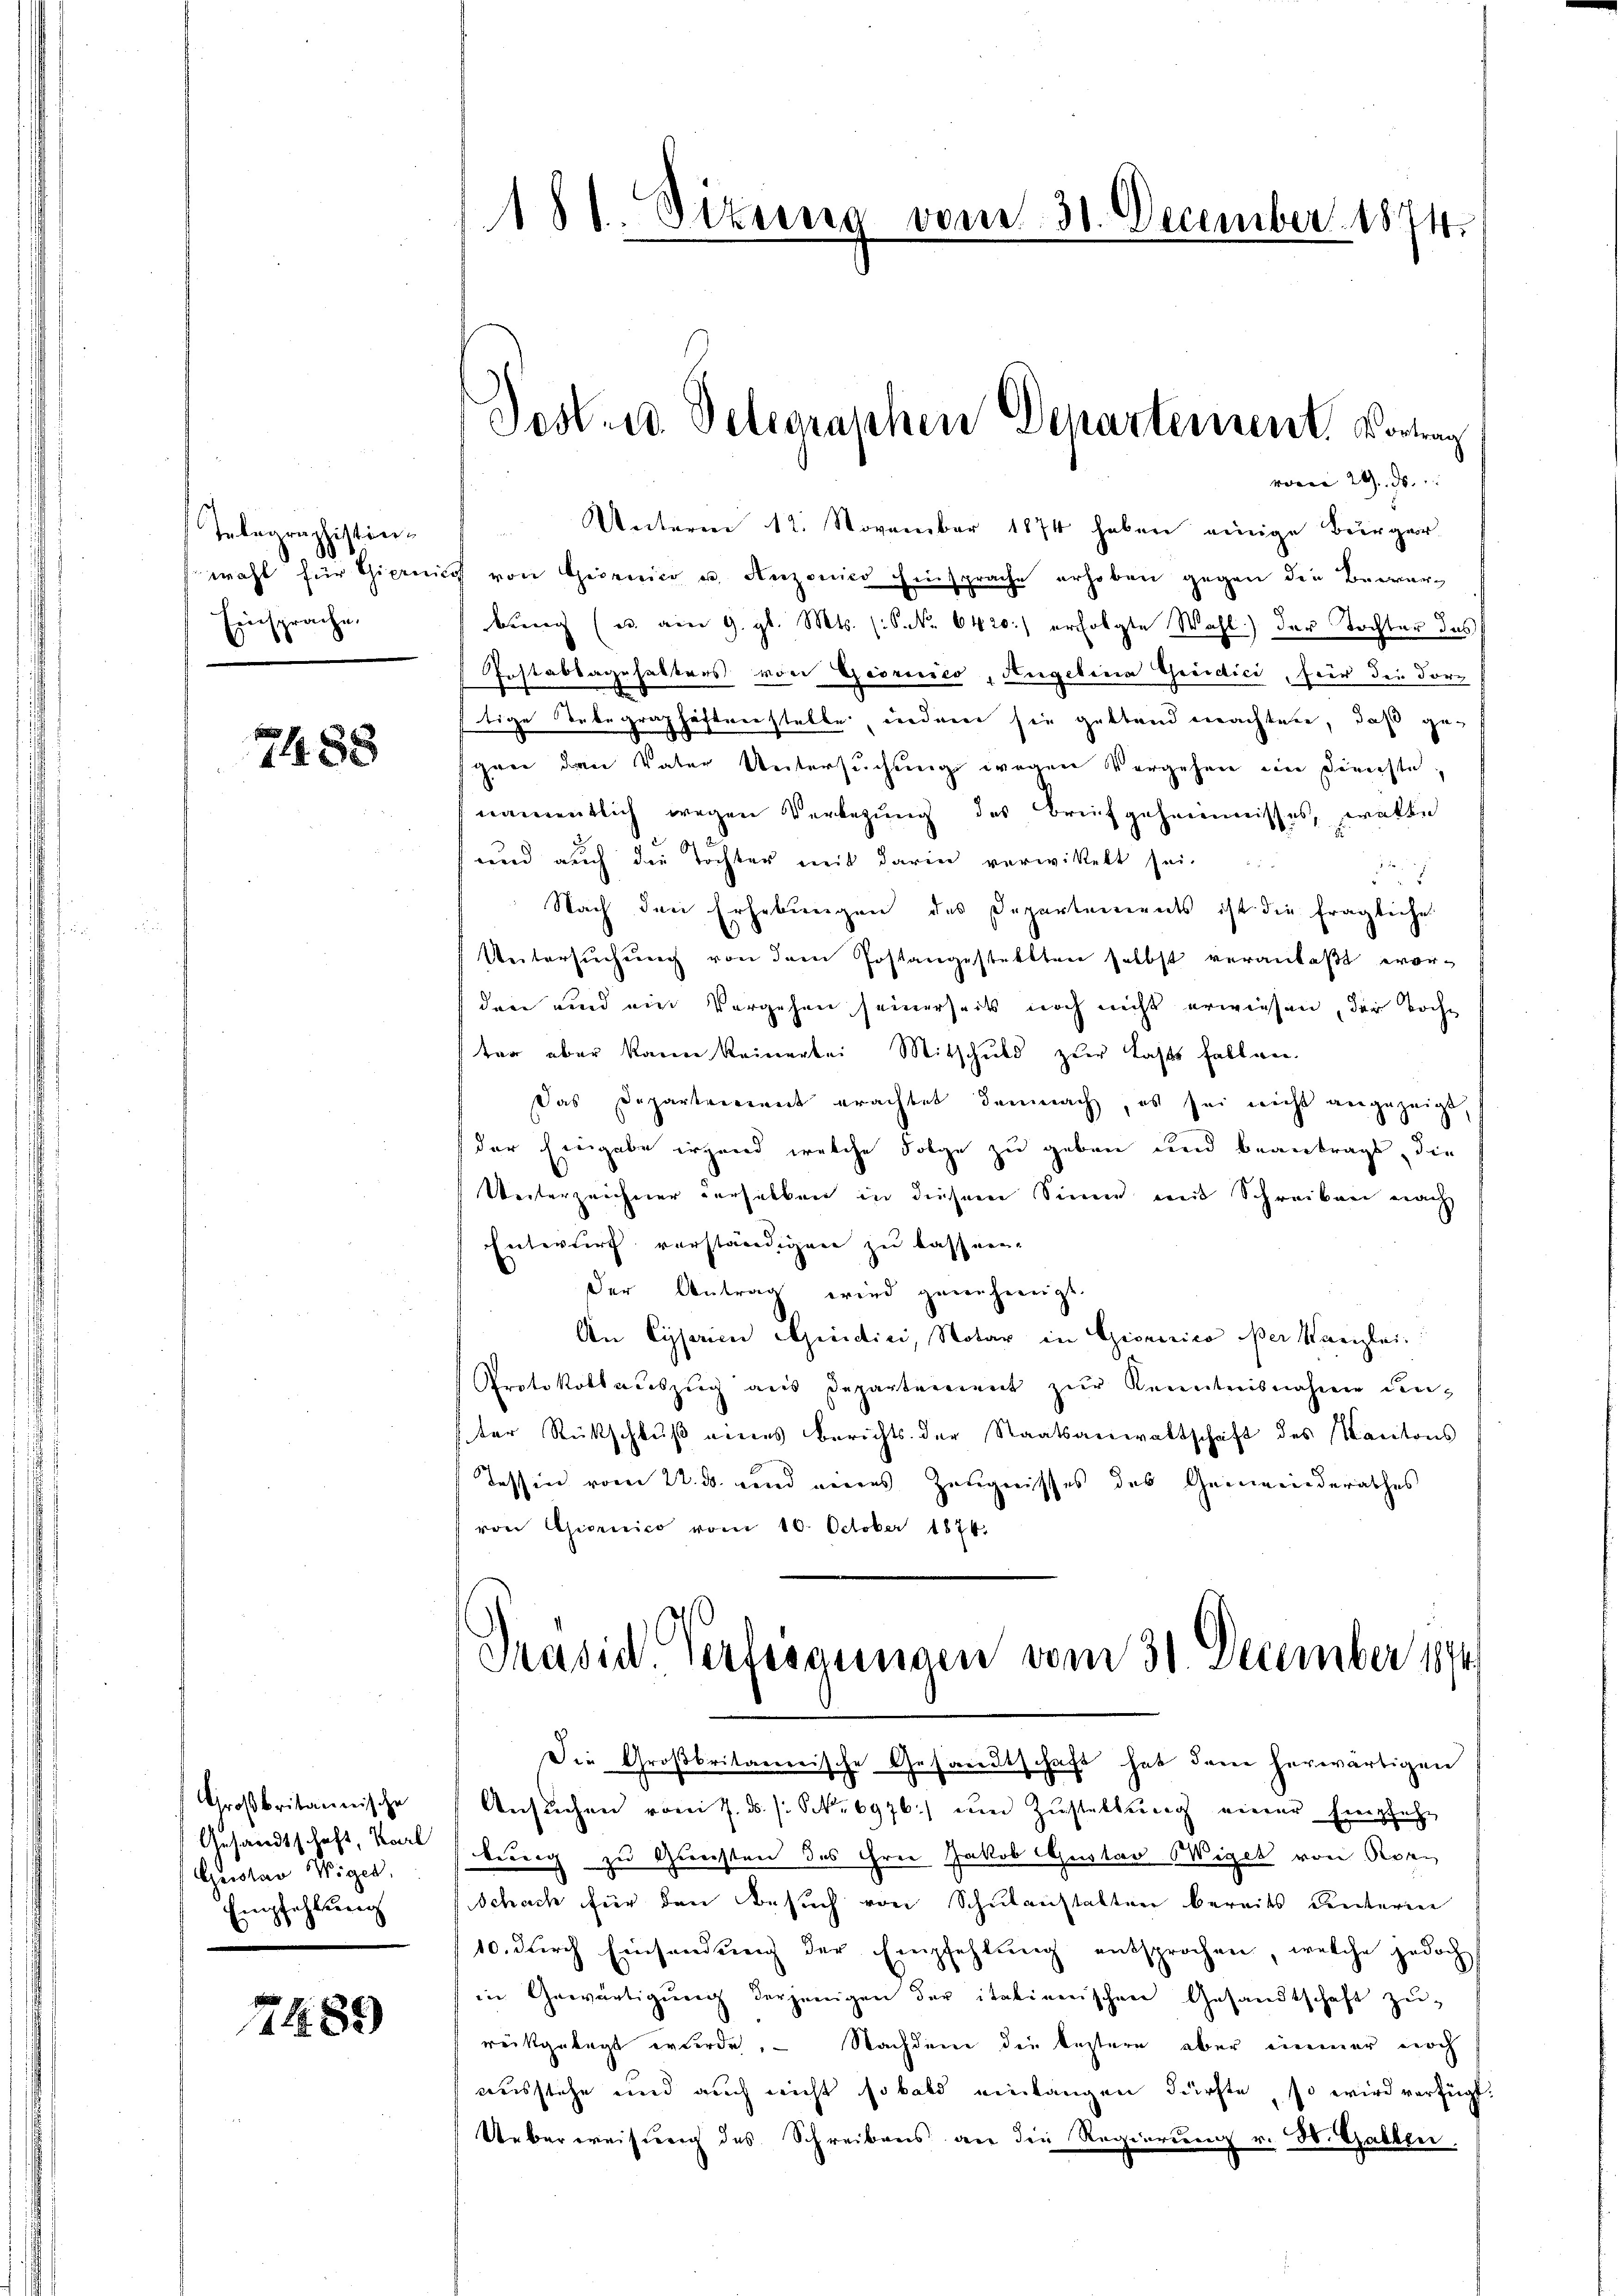
Telegraphistin¬
Einsprache.

7488

Großbritannische
Gesandtschaft, Karl
Gustav Wiger.
Eig
pfehlung
¬

1744.89

181. Dezung vom 31. December 1874.

Unterm 12. November 1874 haben einige Bürger-
wahl für Giern von Giornier u. Anzonico Einsprache erhoben gegen die Bewarbung (u. am 9. gl. Mts. (S. 6420) erfolgte Wahl der Tochter des
Postabbagehaltens von Giornico, Angelina Greidici, für die For
ftige Unbegraphaftenstelle, indem sie gestand machtete, daß gegree den Vater Untersuchung wegen Vorgehen im Dienste,
namentlich wegen Verlegung des Brufgeheimnisses, wolle
und auch die Töchter mit darin verwittelt sei.
Fr.
Nach den Erhebungen des Departements ist die fragliches
Untersuchung von dem Postangestellten selbst veranlaßt evor-
den und ein Vorgehen seinerseits noch nicht erwiesen, der Koche
ter aber kann keiner bei Mitschuld zŭr Last fallen.
Das Departement erachtet demnach, es sei nicht angezeigt,
der Eingabe irgend welche Folge zu geben und beantragt, die
Weiterzeichner verselben in diesem Sinne mit Schreiben nach
Entwurf verständigen zu lassnen.
der Antrag wird genehmigt.
An Cyperien indici, Notar in Gionirico oder Kanzlei
Protokollauszug aus Departement zur Kenntnisnahme den-
ter Rückschluß eines Berichts der Staatsanwaltschaft des Kantons
Tessin vom 22. ds. und eines Zeugnisses des Gemeinderathes
von Giornico vom 10. October 1874.
Präsid. Verbesgungen vom 31. December 1894/
Die Großbritanerische Gesandtschaft hat dem herwärtigen
Ansuchen vom 7. ds. s. S. 6976.) um Zustellung einer Empfehbung zu Gunsten des ihrer Jakob Gustav Wiget von Ror¬
Schach für den Besuch von Schulanstalten bereits unterne
10. durch Einsendung der Empfehlung entsprochen, welche jedoch
in Gewärtigŭng derjenigen der italienischen Gesandtschaft zŭ-
rückgelegt wurde. — Nachdem die leztern aber immer noch
ausstehe und auch nicht so bald einlangen dürfte, so wird verfügt:
Ueberweisung des Schreibens an die Regierung v. H. Gallen.

Post. u Delegraphen Departement. Vortrag

vom 29. ds.